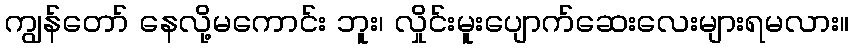
ကျွန်တော် နေလို့မကောင်း ဘူး၊ လှိုင်းမူးပျောက်ဆေးလေးများရမလား။